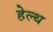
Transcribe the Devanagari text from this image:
हेल्‍थ